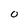
Character: O